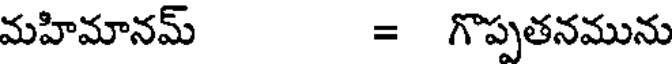
మహిమానమ్ = గొప్పతనమును